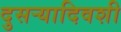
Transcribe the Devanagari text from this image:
दुसर्‍यादिवशी